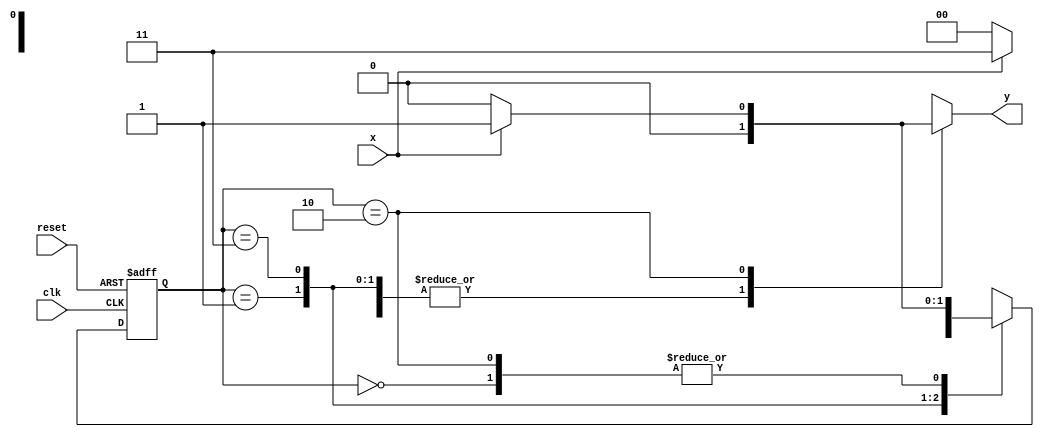
// -------------------------
// Mealy1101 - 
// Nome: Rodrigo Arruda de Assis 
// --------------------------- 


// -------------- 
// --- Mealy FSM 
// -------------- 
/* 
Mealy FSM Diagram 
				________________________ 
	 		  /							   \ 
			1 v 	1 			0 	   	  1 | // found 
[start] ---> [id1] ---> [id11] ---> [id110] 
		^ \0 			0 |       1 / ^  0 | // not found 
		\_/ 			  / 		  \__/ 				| 
		 \___________/                         / 
		  \                                   / 
			\_________________________________/ 

	*/ 
    // constant definitions 
		 `define found 1 
		 `define notfound 0 
	
	// FSM by Mealy 
		module mealy1101 ( y, x, clk, reset ); 
		output y; 
		input x; 
		input clk; 
		input reset; 
		reg y; 
		
		parameter // state identifiers 
		start = 2'b00, 
		id1 = 2'b01, 
		id11 = 2'b11, 
		id110 = 2'b10; 

		reg [1:0] E1; // current state variables 
		reg [1:0] E2; // next state logic output 

		// next state logic 
			always @( x or E1 ) 
			begin 
			 y = `notfound; 
			case ( E1 ) 
		 	 start: 
			if ( x ) 
			 E2 = id1; 
			else 
			 E2 = start; 
		  	 id1: 
			if ( x ) 
			 E2 = id11; 
			else 
			 E2 = start; 
			 id11: 
			if ( x ) 
			 E2 = id11; 
			else 
			 E2 = id110; 
			 id110: 
			if ( x ) 
			begin 
		 	 E2 = id1; 
			 y = `found; 
			end 
			else 
			begin 
			 E2 = start; 
			 y = `notfound; 
			end 
			 default: // undefined state 
			 E2 = 2'bxx; 
  			 endcase 
		end // always at signal or state changing 


		// state variables 
			always @( posedge clk or negedge reset ) 
			begin 
			if ( reset ) 
			 E1 = E2; // updates current state 
			else 
			 E1 = 0; // reset 
			end // always at signal changing 
endmodule // mealy1101